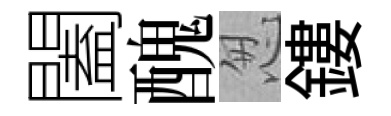
闔醜怱鏤